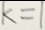
k = 1